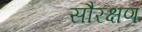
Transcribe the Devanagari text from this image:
सौरक्षण